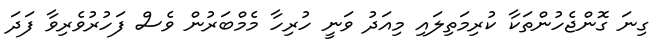
ގިނަ ގޮންޖެހުންތަކާ ކުރިމަތިލައި މިއަދު ވަނީ ހުރިހާ މެމްބަރުން ވެސް ފަހުރުވެރިވާ ފަދަ